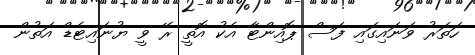
ހަތަރު ވަނައިގައި ފަސް ޕޮއިންޓާ އެކު އޮތީ ރޭ ވީ ޔުނައިޓެޑް އަތުން